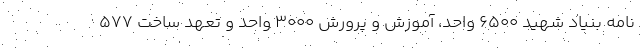
نامه بنیاد شهید ۶۵۰۰ واحد، آموزش و پرورش ۳۰۰۰ واحد و تعهد ساخت ۵۷۷